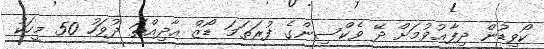
ކޯވިޑުން ދިފާޢުވުމަށް ދޭ ވެކްސިންގެ ފުރަތަމަ ޑޯޒް އާދިއްތަ ދުވަހު 50 މީހަކު